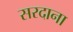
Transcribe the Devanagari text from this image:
सरदाना